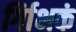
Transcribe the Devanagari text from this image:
र्गािभकं